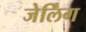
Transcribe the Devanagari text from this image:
जेर्लिंग